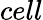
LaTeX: cell